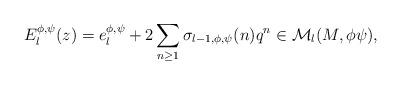
LaTeX: \begin{align*}E_{l}^{\phi,\psi}(z)=e_l^{\phi,\psi} + 2\sum_{n\geq 1}\sigma_{l-1,\phi,\psi}(n)q^n\in\mathcal{M}_l(M,\phi\psi),\end{align*}